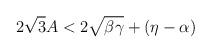
LaTeX: \begin{align*}2\sqrt{3}A<2\sqrt{\beta\gamma}+(\eta-\alpha)\end{align*}